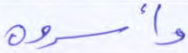
وأسروه